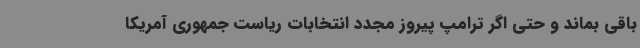
باقی بماند و حتی اگر ترامپ پیروز مجدد انتخابات ریاست جمهوری آمریکا